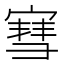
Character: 𫳯